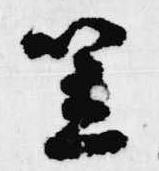
笠